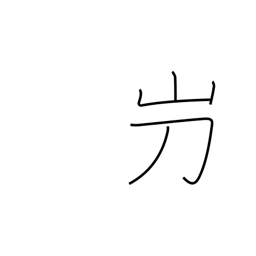
Meaning: used in proper names